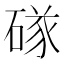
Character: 䃍